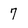
Character: 7